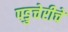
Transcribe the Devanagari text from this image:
पडुचेरीचे